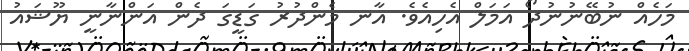
މަހެއް ނުބޭނުނުދޯ އަމަލް އެހިއެވެ. އާނ މެންދުރު ގަޑީގަ ދެން އަންނާނީ ޔޫޝައު